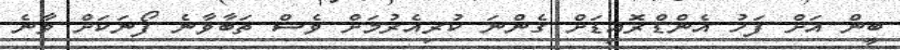
ބީން އަށް ފަހު އެންޑްރޮއިޑަށް ގެންނަ ކުރިއެރުމަށް ވެސް ތަބާވާނެ ފޯނަކަށް ވާނެ